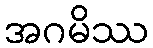
အဂမိဿ